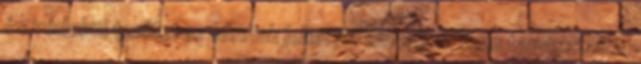
és védelmi területen vannak jelen az amerikai. Nem tapasztalta,